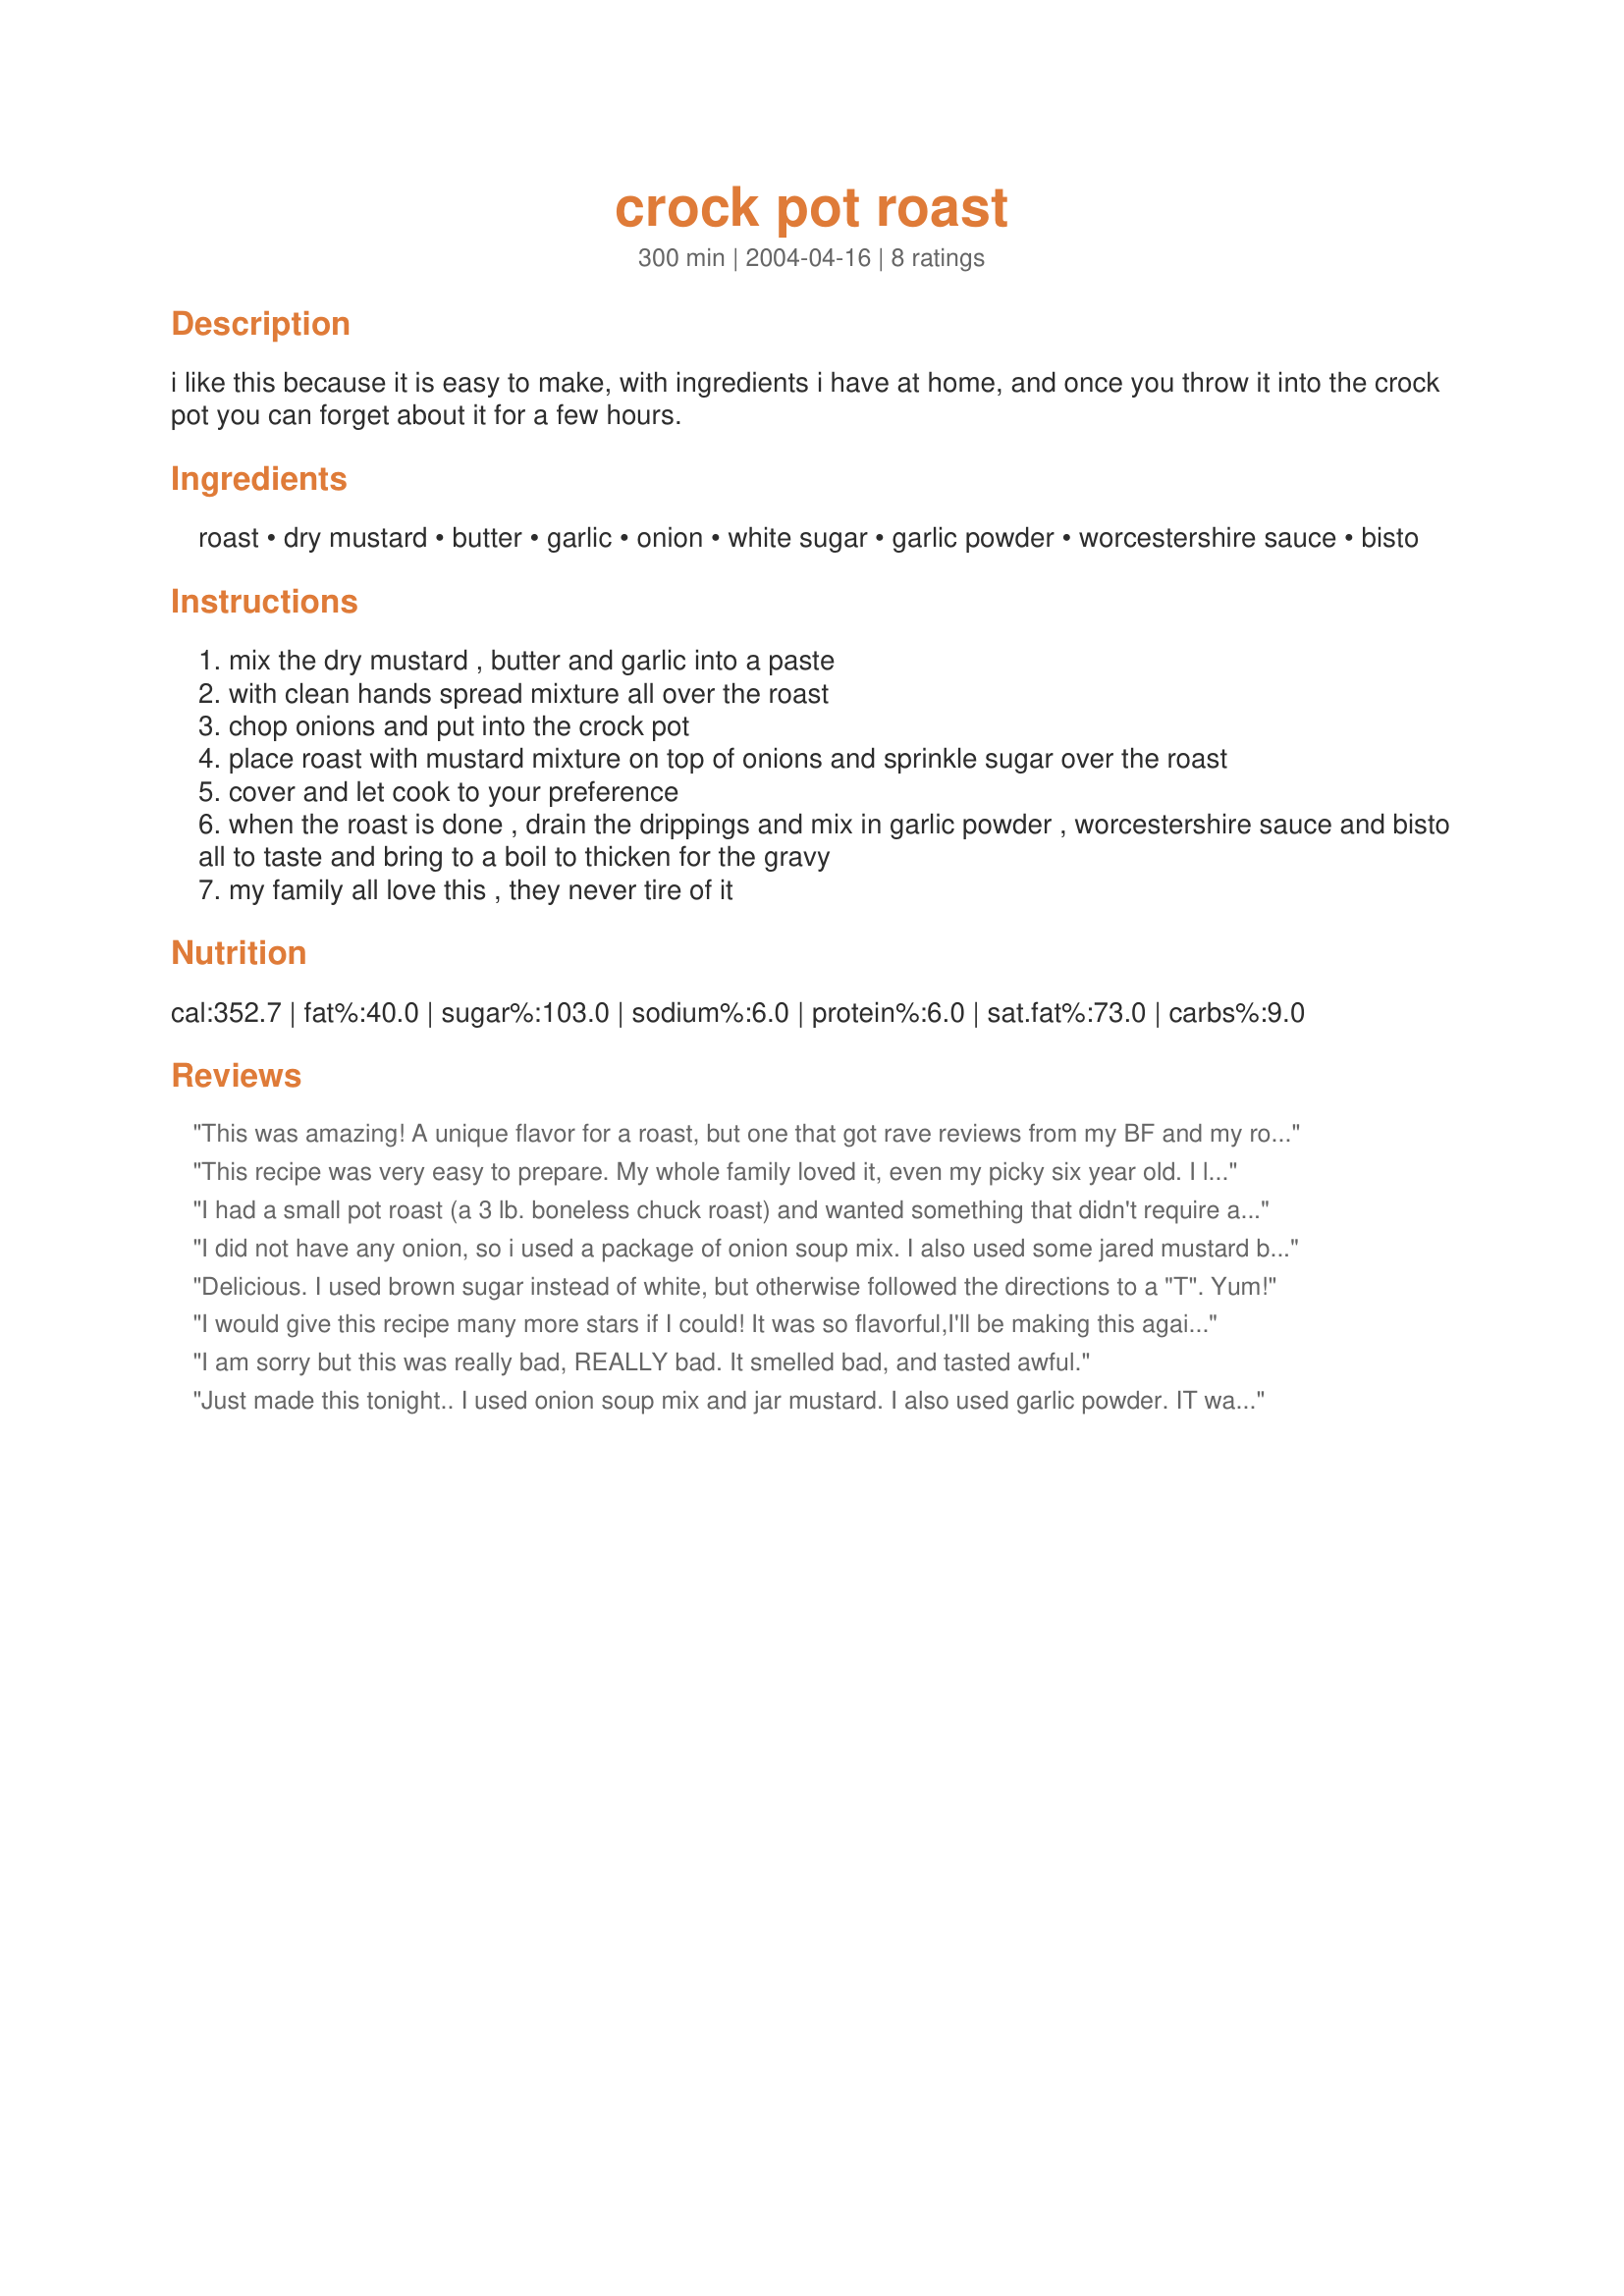
crock pot roast
Preparation time: 300 minutes

i like this because it is easy to make, with ingredients i have at home, and once you throw it into the crock pot you can forget about it for a few hours.

Ingredients:
roast, dry mustard, butter, garlic, onion, white sugar, garlic powder, worcestershire sauce, bisto

Steps:
mix the dry mustard , butter and garlic into a paste
with clean hands spread mixture all over the roast
chop onions and put into the crock pot
place roast with mustard mixture on top of onions and sprinkle sugar over the roast
cover and let cook to your preference
when the roast is done , drain the drippings and mix in garlic powder , worcestershire sauce and bisto all to taste and bring to a boil to thicken for the gravy
my family all love this , they never tire of it

Reviews:
This was amazing! A unique flavor for a roast, but one that got rave reviews from my BF and my roomie. I'm doing the low-carb thing so I substituted sugar for splenda and it came out superb. Will make many times! Must make this for my father. It will knock his socks off!!!
This recipe was very easy to prepare. My whole family loved it, even my picky six year old. I left out the sugar and it still tasted great. Will be making this again.
I had a small pot roast (a 3 lb. boneless chuck roast) and wanted something that didn't require alot of cleanup or attention to make ahead of time for tomorrow. Usually, I look through alot of recipes and end up getting a late start on dinner, but I already had something made for tonight. This would save me some time the next day. It was the first recipe I came across! I decided to give it a try. I browned it a little bit in a skillet with a drizzle of olive oil, then wrapped it up tight in a Reynold's Wrap HotBag, put it in the crockpot at 5:00 and checked it at 10:00. Since I had already fed my family, my plan was just to stick the pot roast in the fridge 'til tomorrow night. Oh my gosh!!! I'm now trying to force myself to not eat another "snack" of pot roast or there won't be any left for tomorrow night! This is awesome!! I printed it off and will keep it in my "favorites" file in the kitchen.
 I did not have any onion, so i used a package of onion soup mix. I also used some jared mustard because i did not have enough dry. all i can say is WOW! this was so good!! It made terrific gravey too. all i did was add a little flour.
 My dh said it was the best roast he has ever eatten, and this was just a cheap blade roast!!!
thanks for posting, I will be using this recipe from now on.
Delicious. I used brown sugar instead of white, but otherwise followed the directions to a "T". Yum!
I would give this recipe many more stars if I could! It was so flavorful,I'll be making this again and again.Thanks Linda
I am sorry but this was really bad, REALLY bad. It smelled bad, and tasted awful.
Just made this tonight.. I used onion soup mix and jar mustard. I also used garlic powder. IT was Very good!
